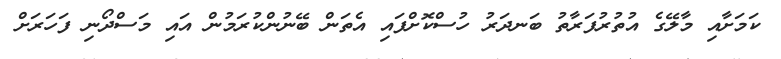
ކަމަށާއި މާލޭގެ އުތުރުފަރާތު ބަނދަރު ހުސްކޮށްފައި އެތަން ބޭނުންކުރަމުން އައި މަސްދޯނި ފަހަރަށް